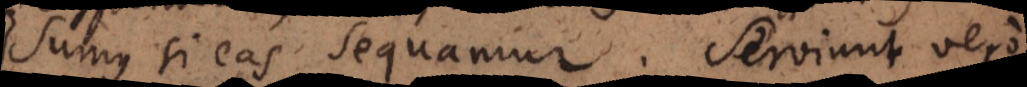
sumus si eas sequamur. Serviunt vero